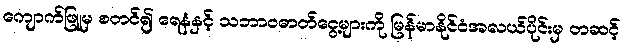
ကျောက်ဖြူမှ စတင်၍ ရေနံနှင့် သဘာဝဓာတ်ငွေ့များကို မြန်မာနိုင်ငံအလယ်ပိုင်းမှ တဆင့်